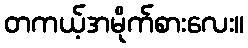
တကယ့်အမိုက်စားလေး။